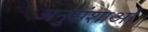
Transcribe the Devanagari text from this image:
अनुसंशाओं